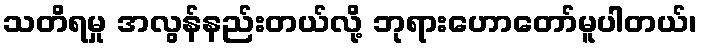
သတိရမှု အလွန်နည်းတယ်လို့ ဘုရားဟောတော်မူပါတယ်၊